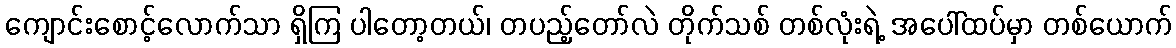
ကျောင်းစောင့်လောက်သာ ရှိကြ ပါတော့တယ်၊ တပည့်တော်လဲ တိုက်သစ် တစ်လုံးရဲ့ အပေါ်ထပ်မှာ တစ်ယောက်